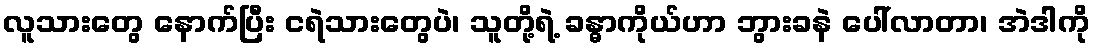
လူသားတွေ နောက်ပြီး ငရဲသားတွေပဲ၊ သူတို့ရဲ့ ခန္ဓာကိုယ်ဟာ ဘွားခနဲ ပေါ်လာတာ၊ အဲဒါကို